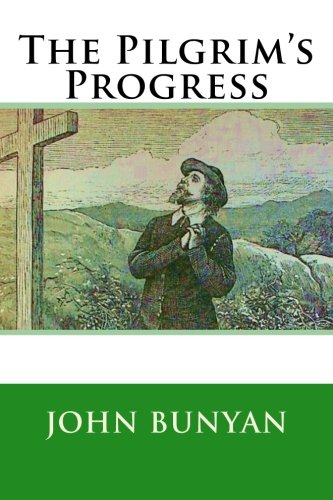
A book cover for The Pilgrim's Progress; John Bunyan; Literature & Fiction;